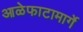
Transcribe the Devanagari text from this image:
आळेफाटामार्गे